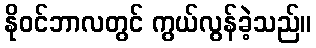
နိုဝင်ဘာလတွင် ကွယ်လွန်ခဲ့သည်။